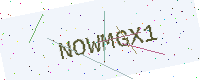
Text: NOWMGX1